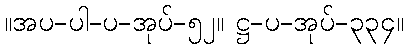
။အပ-ပါ-ပ-အုပ်-၅၂။ ဋ္ဌ-ပ-အုပ်-၃၃၄။